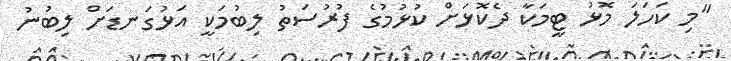
"މި ކަހަލަ މޮޅު ޓީމަކާ ދެކޮޅަށް ކުޅުމުގެ ފުރުސަތު ލިބުމަކީ އަޅުގަނޑަށް ލިބުނު